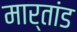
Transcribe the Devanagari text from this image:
मार्तांड